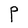
Character: P